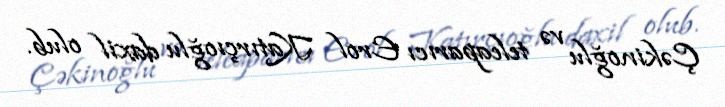
Çəkinoğlu və teleaparıcı Erol Katırçıoğlu daxil olub.